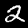
Label: 2